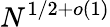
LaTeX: N^{1/2+o(1)}